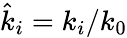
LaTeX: {\hat{k}}_{i}=k_{i}/k_{0}